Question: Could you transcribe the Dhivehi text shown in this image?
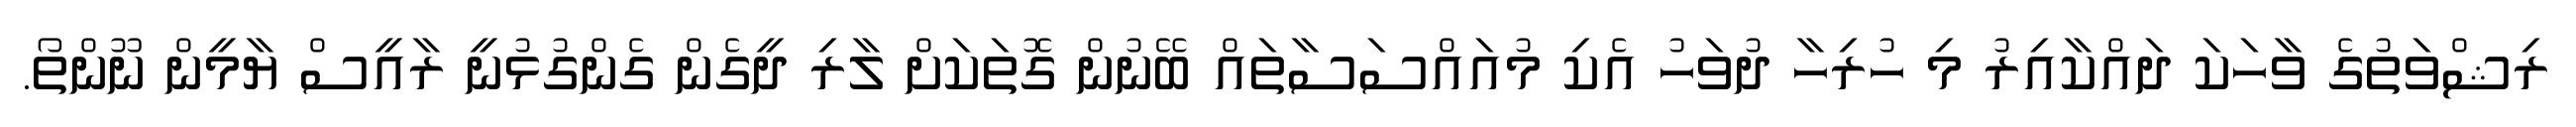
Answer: ރިޝްވަތުގެ ވާހަކަ ދައްކާއިރު މި ހުރިހާ ދުވަހު އެކި މުއައްސަސާތައް ބޭނުން ގޮތަކަށް ލާރި ދީގެން ގެންގުޅުނީ ރާއީސް ޔާމީން ނޫންތޯ.